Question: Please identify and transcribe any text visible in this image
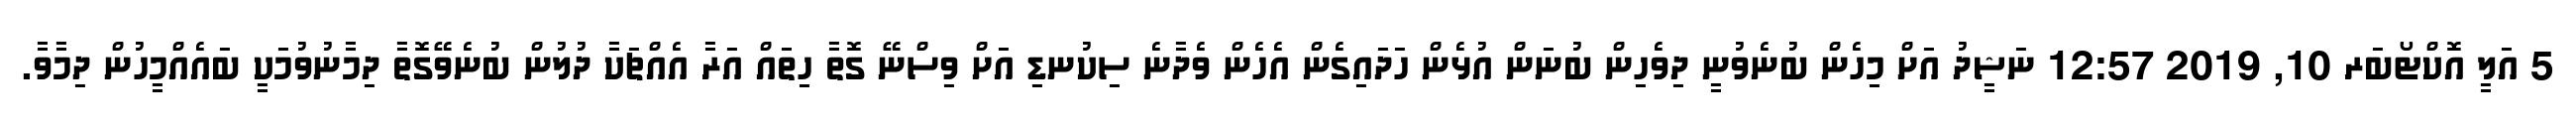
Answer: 5 އަލީ އޮކްޓޯބަރ 10, 2019 12:57 ނަޝީދު އަށް މިހެން ބުނެވުނީ ދިވެހިން ބުނަން އުޅެން ހަދައިގެން އެހެން ވެދާނެ ސިކުނޑި އަށް ވިސްނޭ ގޮތާ ހިތައް އަރާ އެއްޗަކާ ދުލުން ބުނެވޭގޮތާ ދިމާނުވުމަކީ ބައެއްމީހުން ދިމާވާ.